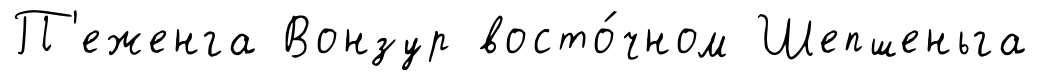
П'еженга Вонзур восто́чном Шепшеньга